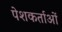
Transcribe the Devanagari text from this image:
पेशकर्ताओं